Report on sanitation, dispensaries, and jails in Rajputana for 1916, and on vaccination for the year 1916-1917 - 1916-1917
Year: 1916
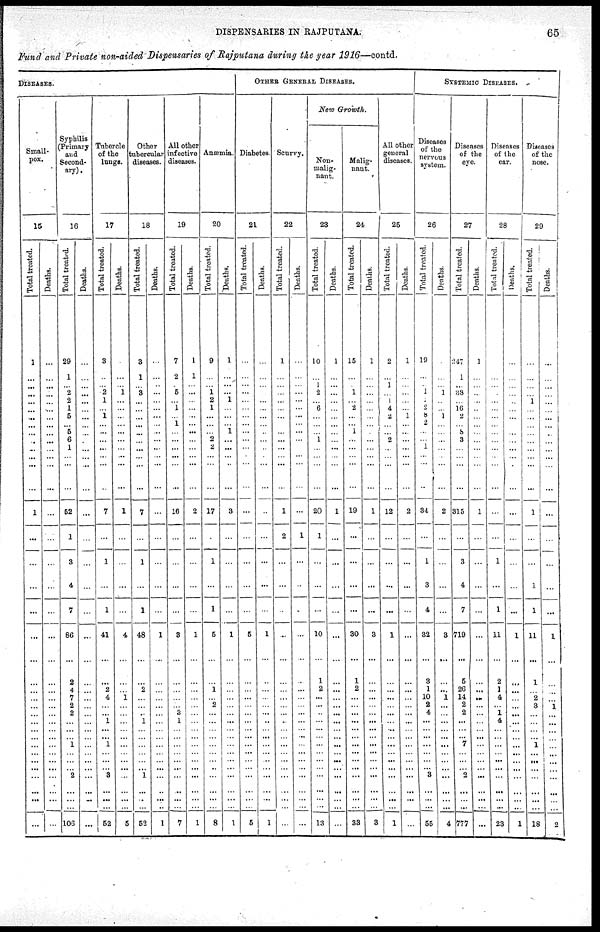
DISPENSARIES IN
RAJPUTANA.
65
Fund and Private non-aided Dispensaries of Rajputana during the year 1916—contd.
DISEASES.
Small-
pox.
15
Total treated.
1
...
...
...
...
...
...
...
...
...
...
...
...
...
1
...
...
...
...
...
...
...
...
...
...
...
...
...
...
...
...
...
...
...
...
...
...
...
Deaths.
...
...
...
...
...
...
...
...
...
...
...
...
...
...
...
...
...
...
...
...
...
...
...
...
...
...
...
...
...
...
...
...
...
...
...
...
...
...
Syphilis
(Primary
and
Second-
ary).
16
Total treated.
29
1
... 2
2
1
5
...
5
6
1
...
...
...
52
1
3
4
7
86
...
2
4
7
2
2
...
...
... 1
...
...
... 2
...
...
...
106
Deaths.
...
...
...
...
...
...
...
...
...
...
...
...
...
...
...
...
...
...
...
...
...
...
...
...
...
...
...
...
...
...
...
...
...
...
...
...
...
...
Tubercle
of the
lungs.
17
Total treated.
3
...
... 2
1
...
1
...
...
...
...
...
...
...
7
...
1
...
1
41
...
...
2
4
...
...
1
...
...
1
...
...
... 3
...
...
...
52
Deaths.
...
...
... 1
...
...
...
...
...
...
...
...
...
...
1
...
...
...
...
4
...
...
...
1
...
...
...
... ...
...
...
...
...
...
...
...
...
5
Other
tubercular
diseases.
18
Total treated.
3
1
... 3
...
...
...
...
...
...
...
...
...
...
7
...
1
...
1
48
...
...
2
...
...
...
1
...
...
...
...
...
... 1
...
...
...
52
Deaths.
...
...
...
...
...
...
...
...
...
...
...
...
...
...
...
...
...
...
...
1
...
...
...
...
...
...
...
...
...
...
...
...
...
...
...
...
...
1
All other
infective
diseases.
19
Total treated.
7
2
... 5
...
1
...
1
...
...
...
...
...
...
16
...
...
...
...
3
...
...
...
...
...
3
1
... ...
...
...
...
...
...
...
...
...
7
Deaths.
1
1
...
...
...
...
...
...
...
...
...
...
...
...
2
...
...
...
...
1
...
...
...
...
...
...
...
... ...
...
...
...
...
...
...
...
...
1
Anæmia.
20
Total treated.
9
...
... 1
2
1
...
...
...
2
2
...
...
...
17
...
1
...
1
5
...
...
1
...
2
...
...
...
...
...
...
...
...
...
...
...
...
8
Deaths.
1
...
...
...
1
...
...
...
1
...
...
...
...
...
3
...
...
...
...
1
...
...
...
...
...
...
...
...
...
...
...
...
... ...
...
...
...
1
OTHER GENERAL DISEASES.
Diabetes.
21
Total treated.
...
...
...
...
...
...
...
...
...
...
...
...
...
...
...
...
...
...
...
5
...
...
...
...
...
...
...
...
...
...
...
...
...
...
...
...
...
5
Deaths.
...
...
...
...
...
...
...
...
...
...
...
...
...
...
...
...
...
...
...
1
...
...
...
...
...
...
...
...
...
...
...
...
... ...
...
...
...
1
Scurvy.
22
Total treated.
1
...
...
...
...
...
...
...
...
...
...
...
...
...
1
2
...
...
...
...
...
...
...
...
...
...
...
...
...
...
...
...
... ...
...
...
...
...
Deaths.
...
...
...
...
...
...
...
...
...
...
...
...
...
...
...
1
...
...
...
...
...
...
...
...
...
...
...
... ...
...
...
...
... ...
...
...
...
...
New Growth.
Non-
malig-
nant.
23
Total treated.
10
...
1
2
...
6
...
...
...
1
...
...
...
...
20
1
...
...
...
10
...
1
2
...
...
...
...
...
...
...
...
...
...
...
...
...
...
13
Deaths.
1
...
...
...
...
...
...
...
...
...
...
...
...
...
1
...
...
...
...
...
...
...
...
...
...
...
...
...
...
...
...
...
...
...
...
...
...
...
Malig-
nant.
24
Total treated.
15
...
... 1
...
2
...
...
1
...
...
...
...
...
19
...
...
...
...
30
...
1
2
...
...
...
...
...
...
...
...
...
...
...
...
...
...
33
Deaths.
1
...
...
...
...
...
...
...
...
...
...
...
...
...
1
...
...
...
...
3
...
...
...
...
...
...
...
...
...
...
...
...
...
...
...
...
...
3
All other
general
diseases.
25
Total treated.
2
...
1
...
4
4
2
...
...
2
...
...
...
...
12
...
...
...
...
1
...
...
...
...
...
...
...
...
...
...
...
...
...
...
...
...
...
1
Deaths.
1
...
...
...
...
...
1
...
...
...
...
...
...
...
2
...
...
...
...
...
...
...
...
...
...
...
...
...
...
...
...
...
...
...
...
...
...
...
SYSTEMIC DISEASES.
Diseases
of the
nervous
system.
26
Total treated.
19
...
... 1
...
2
8
2
...
...
1
...
...
...
34
...
1
3
4
32
...
3
1
10
2
4
...
... ...
...
...
...
... 3
...
...
...
55
Deaths.
...
...
... 1
...
...
1
...
...
...
...
...
...
...
2
...
...
...
...
3
...
...
...
1
...
...
...
...
...
...
...
...
...
...
...
...
...
4
Diseases
of the
eye.
27
Total treated.
247
1
...
38
...
16
2
...
8
3
...
...
...
...
315
...
3
4
7
719
...
5
26
14
2
2
...
...
...
7
...
...
... 2
...
...
...
777
Deaths.
1
...
...
...
...
...
...
...
...
...
...
...
...
...
1
...
...
...
...
...
...
...
...
...
...
...
...
...
...
...
...
...
...
...
...
...
...
...
Diseases
of the
ear.
28
Total treated.
...
...
...
...
...
...
...
...
...
...
...
...
...
...
...
...
1
...
1
11
...
2
1
4
...
1
4
...
...
...
...
...
...
...
...
...
...
23
Deaths.
...
...
...
...
...
...
...
...
...
...
...
...
...
...
...
...
...
...
...
1
...
...
...
...
...
...
...
...
...
...
...
...
...
...
...
...
...
1
Diseases
of the
nose.
29
Total treated.
...
...
...
...
1
...
...
...
...
...
...
...
...
...
1
...
...
1
1
11
...
1
...
2
3
...
...
...
... 1
...
...
... ...
...
...
...
18
Deaths.
...
...
...
...
...
...
...
...
...
...
...
...
...
...
...
...
...
...
...
1
...
...
...
...
1
...
...
...
...
...
...
...
...
...
...
...
...
2